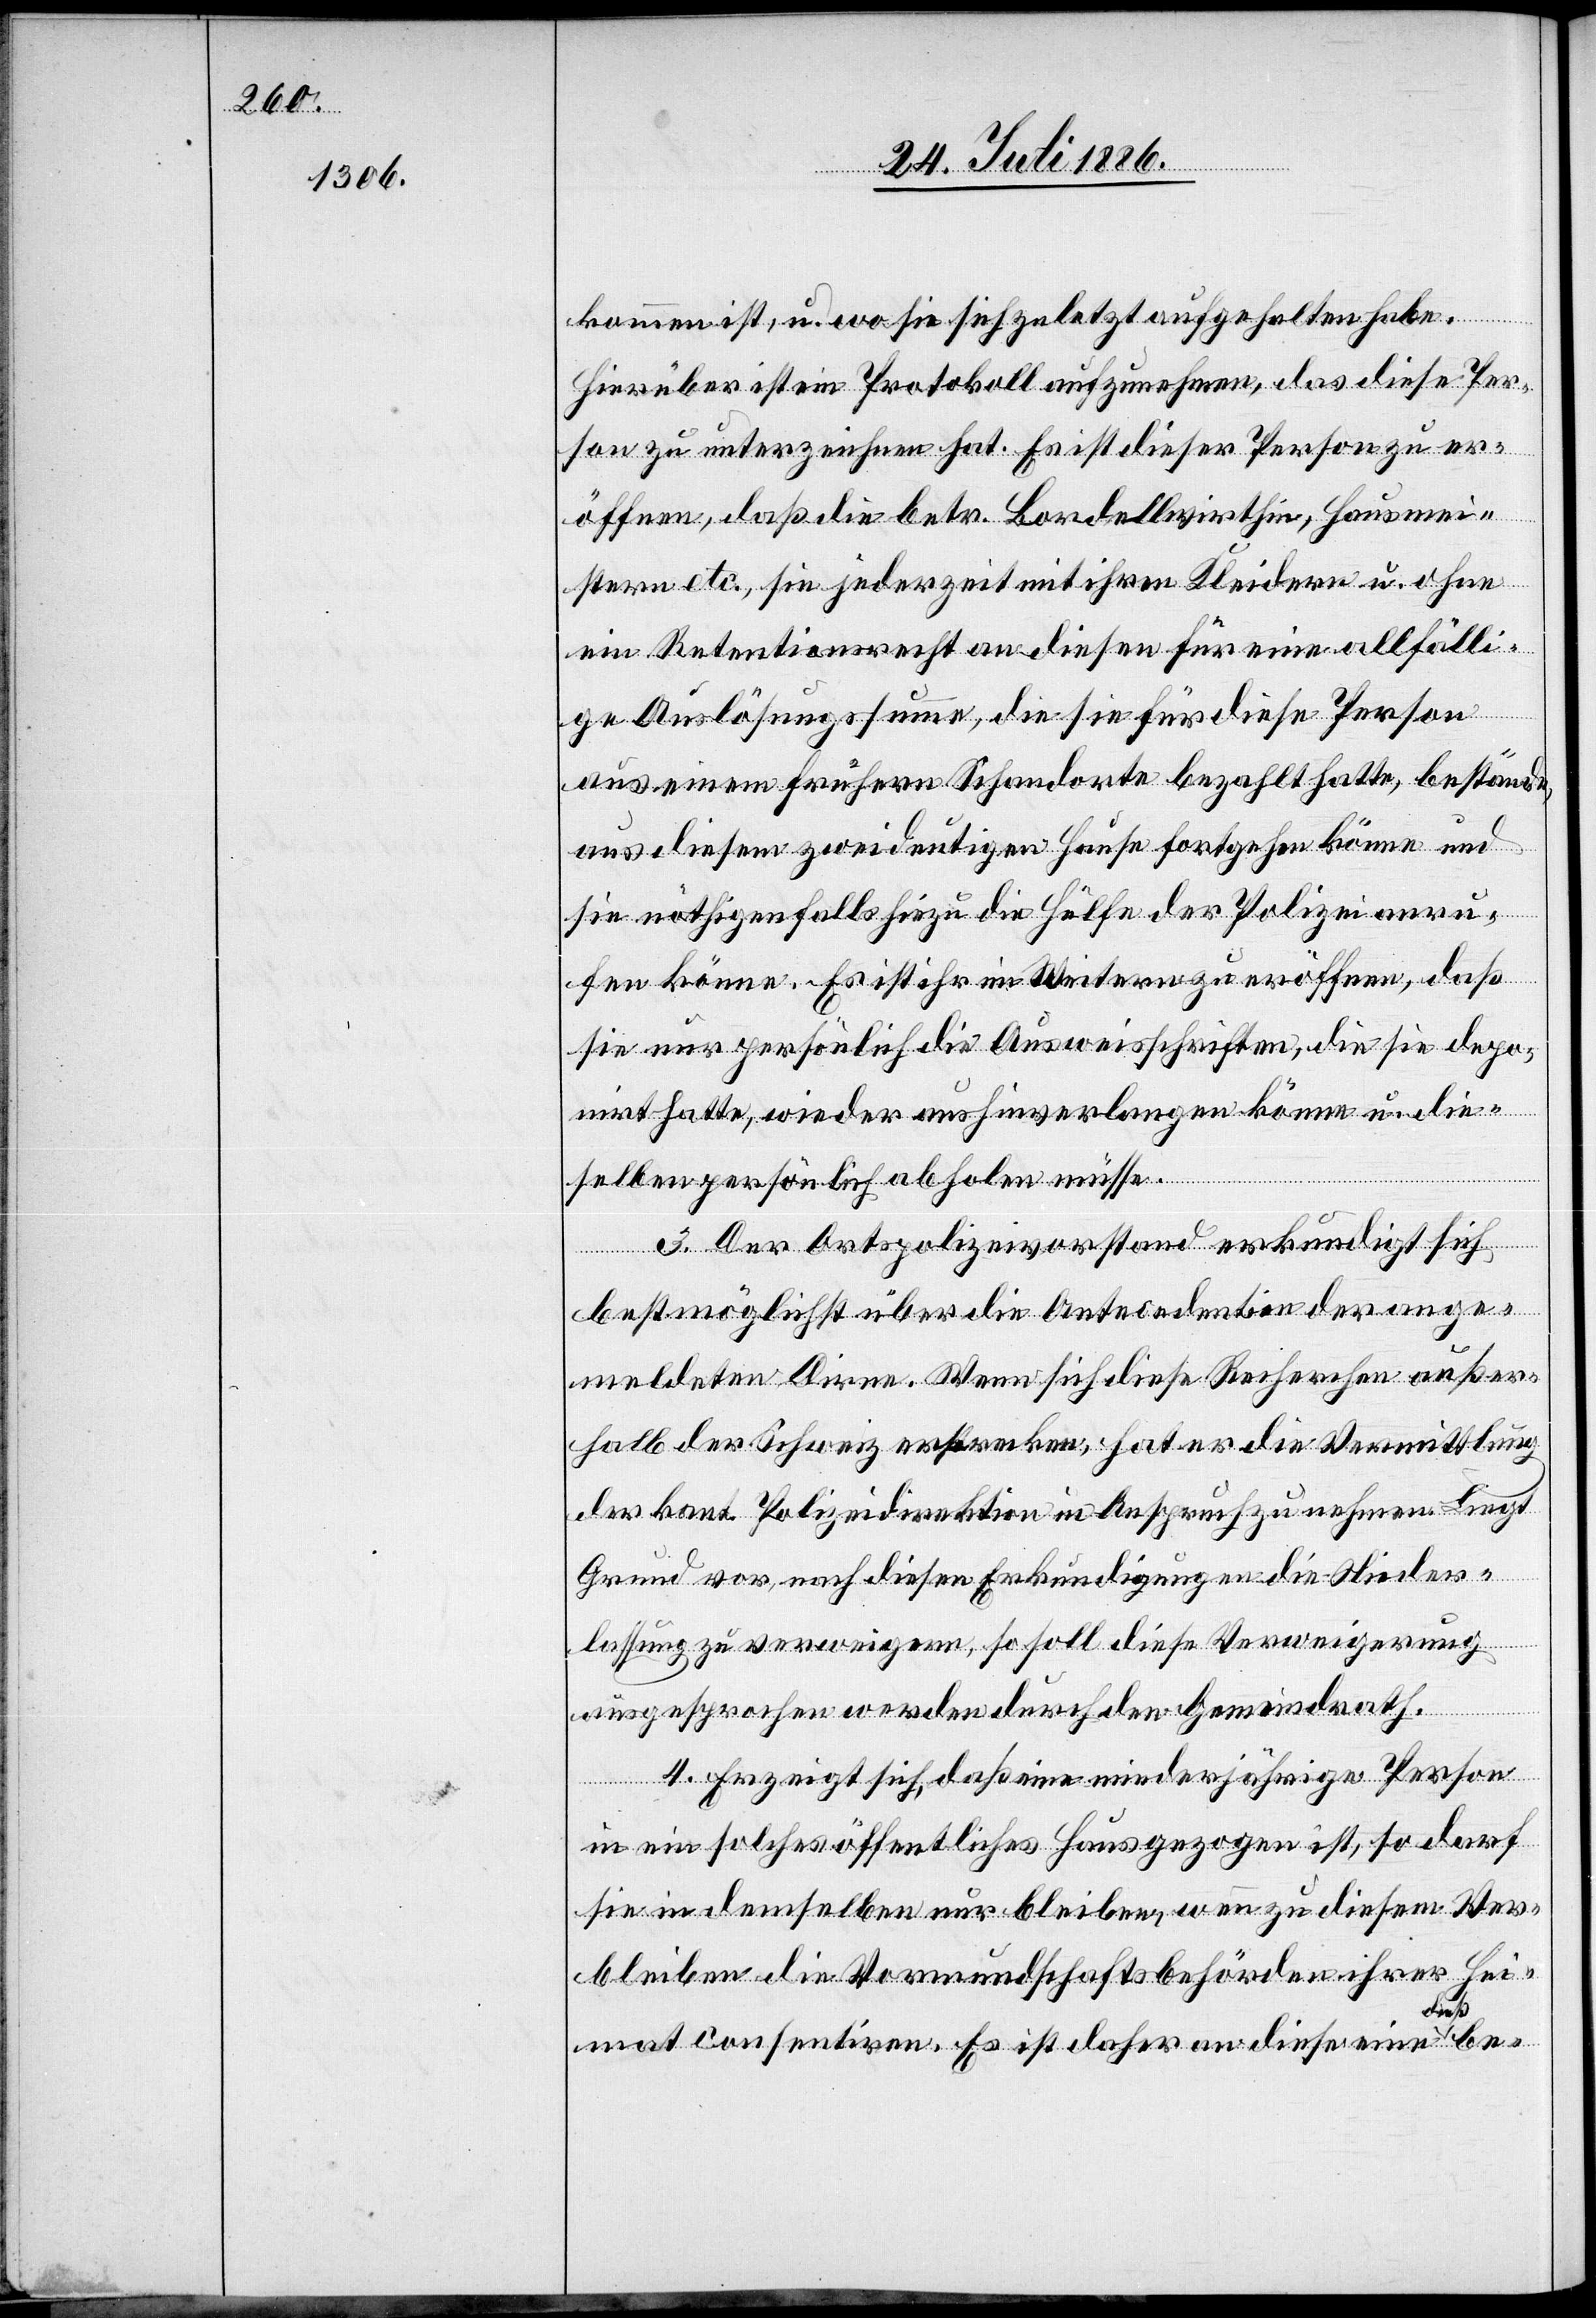
kommen ist, u. wo sie sich zuletzt aufgehalten habe.
Hierüber ist ein Protokoll aufzunehmen, das diese Per¬
son zu unterzeichnen hat. Es ist dieser Person zu er¬
öffnen, daß die betr. Bordellwirthin, Hausmei¬
ster etc., sie jederzeit mit ihren Kleidern u. ohne
ein Retentionsrecht an diesen für eine allfälli¬
ge Auslösungssumme, die sie für diese Person
aus einem frühern Schandorte bezahlt hatte, bestände
aus diesem zweideutigen Hause fortgehen könne und
sie nöthigenfalls hiezu die Hülfe der Polizei anru¬
fen könne. Es ist ihr im Weitern zu eröffnen, daß
sie nur persönlich die Ausweisschriften, die sie depo¬
nirt hatte, wieder aushinverlangen könne, u. die¬
selben persönlich abholen müsse.
3. Der Ortspolizeivorstand erkundigt sich
bestmöglich über die Antecedentien der ange¬
meldeten Dirne. Wenn sich diese Recherchen außer¬
halb der Schweiz erstrecken, hat er die Vermittlung
der kant. Polizeidirektion in Anspruch zu nehmen. Liegt
Grund vor, nach diesen Erkundigungen die Nieder¬
lassung zu verweigern, so soll diese Verweigerung
ßbe-
ausgesprochen werden durch den Gemeindrath.
4. Erzeigt sich, daß eine minderjährige Person
in ein solches öffentliches Haus gezogen ist, so darf
sie in demselben nur bleiben, wenn zu diesem Ver¬
bleiben die Vormundschaftsbehörden ihrer Hei¬
mat consentiren. Es ist daher an diese eine die¬